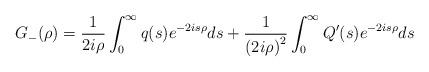
LaTeX: \begin{align*}G_{-}(\rho)=\frac{1}{2i\rho}\int_{0}^{\infty}q(s)e^{-2is\rho}ds+\frac{1}{\left( 2i\rho\right) ^{2}}\int_{0}^{\infty}Q^{\prime}(s)e^{-2is\rho}ds\end{align*}